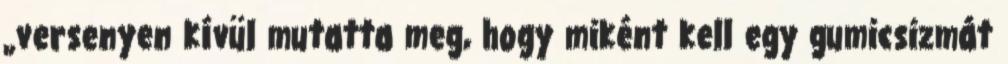
„versenyen kívül mutatta meg, hogy miként kell egy gumicsizmát